Leaving Certificate Examination (including Day School Certificate (Higher) General paper), 1937
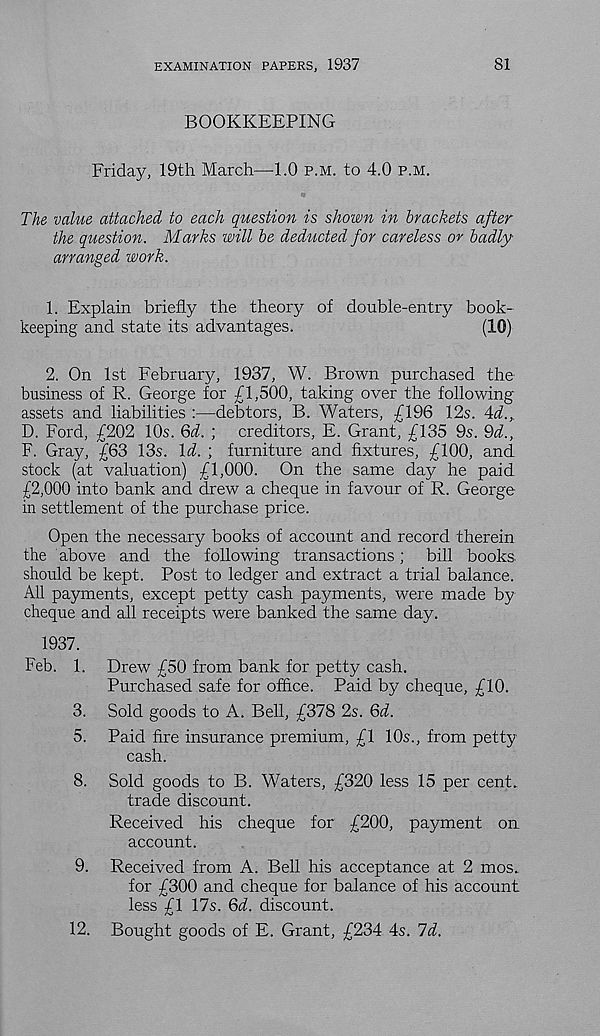
EXAMINATION PAPERS, 1937
81
BOOKKEEPING
Friday, 19th March—1.0 p.m. to 4.0 p.m.
The value attached to each question is shown in brackets after
the question. Marks will be deducted for careless or badly
arranged work.
1. Explain briefly the theory of double-entry book-
keeping and state its advantages.
(10)
2. On 1st February, 1937, W. Brown purchased the
business of R. George for £1,500, taking over the following
assets and liabilities :—debtors, B. Waters, £196 12s. Ad.,.
D. Ford, £202 10s. Qd. ; creditors, E. Grant, £135 9s. Qd.,
F. Gray, £63 13s. Id. ; furniture and fixtures, £100, and
stock (at valuation) £1,000. On the same day he paid
£2,000 into bank and drew a cheque in favour of R. George
in settlement of the purchase price.
Open the necessary books of account and record therein
the above and the following transactions; bill books,
should be kept. Post to ledger and extract a trial balance.
All payments, except petty cash payments, were made by
cheque and all receipts were banked the same day.
1937.
Feb. 1. Drew £50 from bank for petty cash.
Purchased safe for office. Paid by cheque, £10.
3. Sold goods to A. Bell, £378 2s. &d.
5. Paid fire insurance premium, £1 10s., from petty
cash.
8. Sold goods to B. Waters, £320 less 15 per cent..
trade discount.
Received his cheque for £200, payment on
account.
9. Received from A. Bell his acceptance at 2 mos.
for £300 and cheque for balance of his account
less £1 17s. Qd. discount.
12. Bought goods of E. Grant, £234 4s. Id.